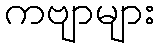
ကဗျာများ